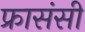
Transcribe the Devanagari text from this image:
फ्रासंसी